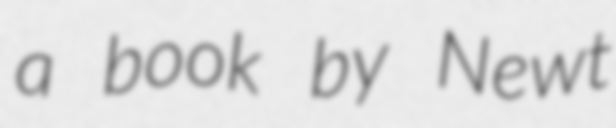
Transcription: a book by Newt